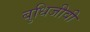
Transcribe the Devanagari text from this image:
बुधिजीवी